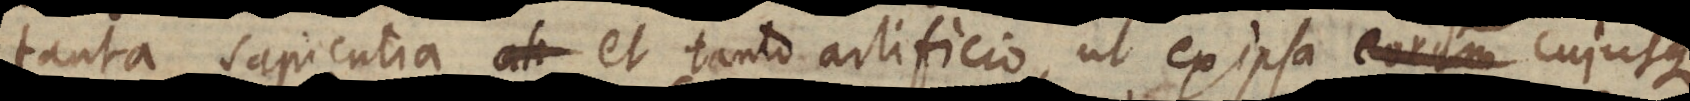
tanta sapientia et tanto artificio, ut ex ipsa cujusque